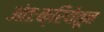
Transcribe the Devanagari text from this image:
अंतःक्रियेतून